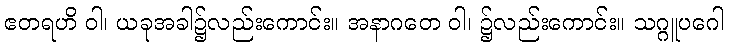
ဧတရဟိ ဝါ၊ ယခုအခါ၌လည်းကောင်း။ အနာဂတေ ဝါ၊ ၌လည်းကောင်း။ သဂ္ဂူပဂေါ